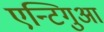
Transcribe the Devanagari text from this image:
एन्टिगुआ